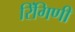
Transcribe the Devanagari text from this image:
रिंगिणी